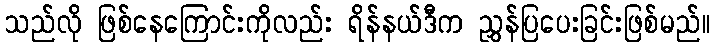
သည်လို ဖြစ်နေကြောင်းကိုလည်း ရိန်နယ်ဒီက ညွှန်ပြပေးခြင်းဖြစ်မည်။